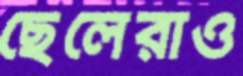
ছেলেরাও